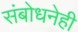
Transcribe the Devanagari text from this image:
संबोधनेही